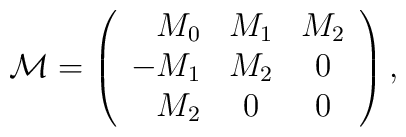
{\cal M}=\left( \begin{array}{rcc}M_0 & M_1 & M_2 \\-M_1&M_2&0\\M_2&0&0\\ \end{array} \right),